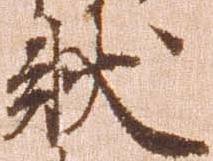
状